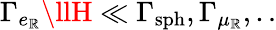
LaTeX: \Gamma_{e_{\mathbb{R}}}\llH\ll\Gamma_{\mathrm{{sph}}},\Gamma_{\mu_{\mathbb{R}}},..